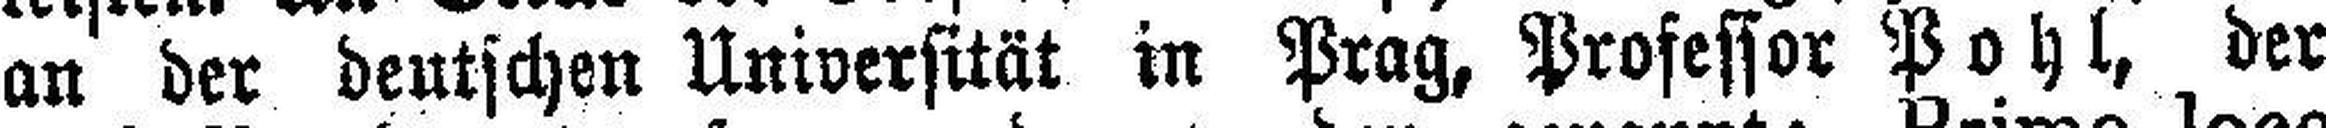
an der deutschen Universität in Prag, Professor Pohl, der